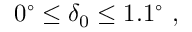
0 ^ { \circ } \le \delta _ { 0 } \le 1 . 1 ^ { \circ } ~ ,